Report of the Indian Hemp Drugs Commission, 1894-1895 - Volume V
Year: 1894
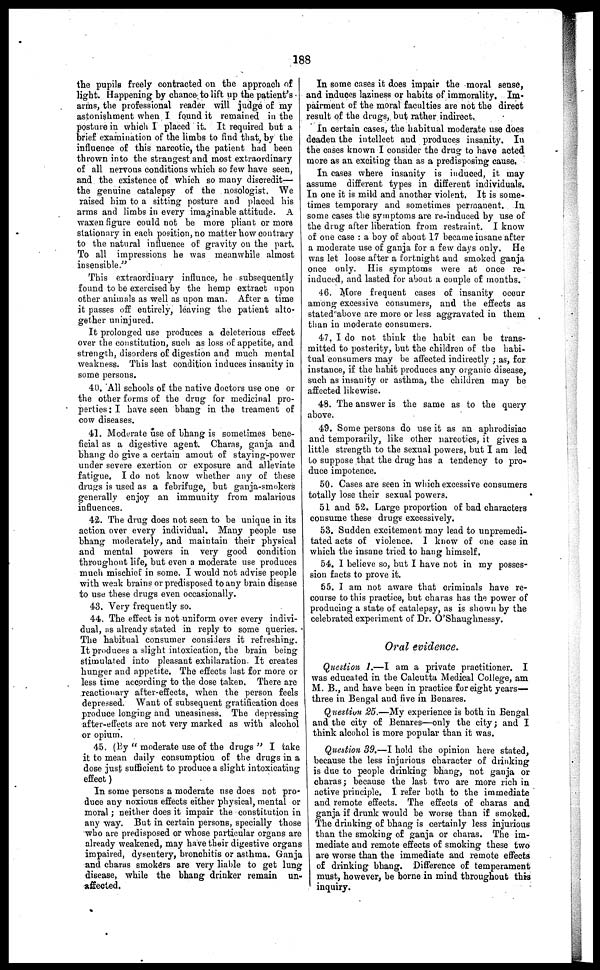
188
the pupils freely contracted on the approach of
light. Happening by chance to lift up the patient's
arms, the professional reader will judge of my
astonishment when I found it remained in the
posture in which I placed it. It required but a
brief examination of the limbs to find that, by the
influence of this narcotic, the patient had been
thrown into the strangest and most extraordinary
of all nervous conditions which so few have seen,
and the existence of which so many discredit—
the genuine catalepsy of the nosologist. We
raised him to a sitting posture and placed his
arms and limbs in every imaginable attitude. A
waxen figure could not be more pliant or more
stationary in each position, no matter how contrary
to the natural influence of gravity on the part.
To all impressions he was meanwhile almost
insensible."
This extraordinary influnce, he subsequently
found to he exercised by the hemp extract upon
other animals as well as upon man. After a time
it passes off entirely, leaving the patient alto-
gether uninjured.
It prolonged use produces a deleterious effect
over the constitution, such as loss of appetite, and
strength, disorders of digestion and much mental
weakness. This last condition induces insanity in
some persons.
40. All schools of the native doctors use one or
the other forms of the drug for medicinal pro-
perties: I have seen bhang in the treament of
cow diseases.
41. Moderate use of bhang is sometimes bene-
ficial as a digestive agent. Charas, ganja and
bhang do give a certain amout of staying-power
under severe exertion or exposure and alleviate
fatigue. I do not know whether any of these
drugs is used as a febrifuge, but ganja-smokers
generally enjoy an immunity from malarious
influences.
42. The drug does not seen to be unique in its
action over every individual. Many people use
bhang moderately, and maintain their physical
and mental powers in very good condition
throughout life, but even a moderate use produces
much mischief in some. I would not advise people
with weak brains or predisposed to any brain disease
to use these drugs even occasionally.
43. Very frequently so.
44. The effect is not uniform over every indivi-
dual, as already stated in reply to some queries.
The habitual consumer considers it refreshing.
It produces a slight intoxication, the brain being
stimulated into pleasant exhilaration. It creates
hunger and appetite. The effects last for more or
less time according to the dose taken. There are
reactionary after-effects, when the person feels
depressed. Want of subsequent gratification does
produce longing and uneasiness. The depressing
after-effects are not very marked as with alcohol
or opium.
45. (By " moderate use of the drugs " I take
it to mean daily consumption of the drugs in a
dose just sufficient to produce a slight intoxicating
effect)
In some persons a moderate use does not pro-
duce any noxious effects either physical, mental or
moral; neither does it impair the constitution in
any way. But in certain persons, specially those
who are predisposed or whose particular organs are
already weakened, may have their digestive organs
impaired, dysentery, bronchitis or asthma. Ganja
and charas smokers are very liable to get lung
disease, while the bhang drinker remain un-
affected.
In some cases it does impair the moral sense,
and induces laziness or habits of immorality. Im-
pairment of the moral faculties are not the direct
result of the drugs, but rather indirect.
In certain cases, the habitual moderate use does
deaden the intellect and produces insanity. In
the cases known I consider the drug to have acted
more as an exciting than as a predisposing cause.
In cases where insanity is induced, it may
assume different types in different individuals.
In one it is mild and another violent, It is some-
times temporary and sometimes permanent. In
some cases the symptoms are re-induced by use of
the drag after liberation from restraint. I know
of one case : a boy of about 17 became insane after
a moderate use of ganja for a few days only. He
was let loose after a fortnight and smoked ganja
once only. His symptoms were at once re-
induced, and lasted for about a couple of months.
46. More frequent cases of insanity occur
among excessive consumers, and the effects as
stated above are more or less aggravated in them
than in moderate consumers.
47. I do not think the habit can be trans-
mitted to posterity, but the children of the habi-
tual consumers may be affected indirectly ; as, for
instance, if the habit produces any organic disease,
such as insanity or asthma, the children may be
affected likewise.
48. The answer is the same as to the query
above.
49. Some persons do use it as an aphrodisiac
and temporarily, like other narcotics, it gives a
little strength to the sexual powers, but I am led
to suppose that the drug has a tendency to pro-
duce impotence.
50. Cases are seen in which excessive consumers
totally lose their sexual powers.
51 and 52. Large proportion of bad characters
consume these drugs excessively.
53. Sudden excitement may lead to unpremedi-
tated acts of violence. I know of one case in
which the insane tried to hang himself.
54. I believe so, but I have not in my posses-
sion facts to prove it.
55. I am not aware that criminals have re-
course to this practice, but charas has the power of
producing a state of catalepsy, as is shown by the
celebrated experiment of Dr. O'Shauglinessy.
Oral evidence.
Question 1.—I am a private practitioner. I
was educated in the Calcutta Medical College, am
M. B., and have been in practice for eight years-
three in Bengal and five in Benares.
Question 25.—My experience is both in Bengal
and the city of Benares—only the city; and I
think alcohol is more popular than it was.
Question 39.—I hold the opinion here stated,
because the less injurious character of drinking
is due to people drinking bhang, not ganja or
charas; because the last two are more rich in
active principle. I refer both to the immediate
and remote effects. The effects of charas and
ganja if drunk would be worse than if smoked.
The drinking of bhang is certainly less injurious
than the smoking of ganja or charas. The im-
mediate and remote effects of smoking these two
are worse than the immediate and remote effects
of drinking bhang. Difference of temperament
must, however, be borne in mind throughout this
inquiry.